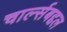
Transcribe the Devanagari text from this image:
चार्ल्सबद्दल